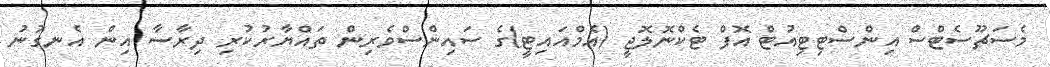
މެސަޗޫސެޓްސް އިންސްޓިޓިއުޓް އޮފް ޓެކްނޮލޮޖީ (އެމްއައިޓީ)ގެ ސައިންސްވެރިން ތައްޔާރުކުރި ދިރާސާ އިން އެނގުނު